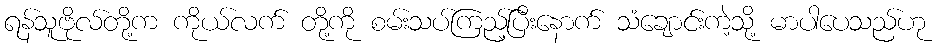
ရန်သူဗိုလ်တို့က ကိုယ်လက် တို့ကို စမ်းသပ်ကြည့်ပြီးနောက် သံချောင်းကဲ့သို့ မာပါပေသည်ဟု